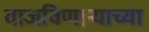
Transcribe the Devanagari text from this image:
वाजविणाऱ्याच्या